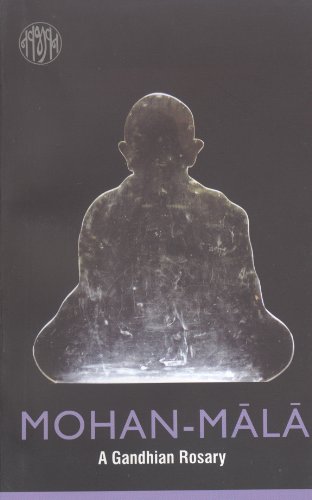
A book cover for Mohan-Mala: A Gandhian Rosary; Mahatma Gandhi; Religion & Spirituality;